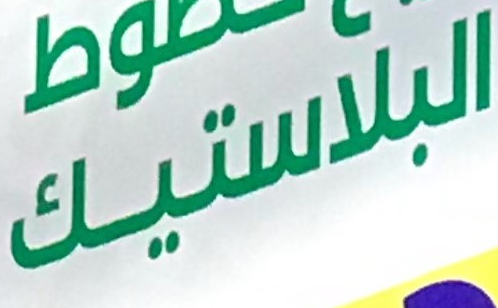
البلاستيك